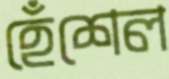
হেঁশেল